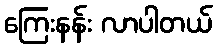
ကြေးနန်း လာပါတယ်